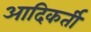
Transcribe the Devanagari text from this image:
आदिकर्ती